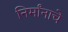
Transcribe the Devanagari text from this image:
निर्मांनाचे